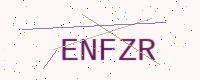
Text: ENFZR